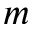
m